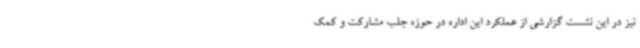
نیز در این نشست گزارشی از عملکرد این اداره در حوزه جلب مشارکت و کمک